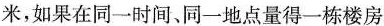
米，如果在同一时间、同一地点量得-栋楼房